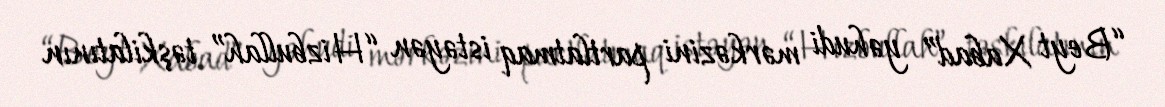
“Beyt Xabad” yəhudi mərkəzini partlatmaq istəyən “Hizbullah” təşkilatının